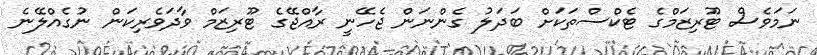
ނަމަވެސް ޓޫރިޒަމްގެ ޓެކްސްތަކަށް ބަދަލު ގެންނަން ޖެހޭނީ ރާއްޖޭގެ ޓޫރިޒަމް ވާދަވެރިކަން ނުގެއްލޭނެ